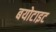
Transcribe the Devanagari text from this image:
बयोटाइट